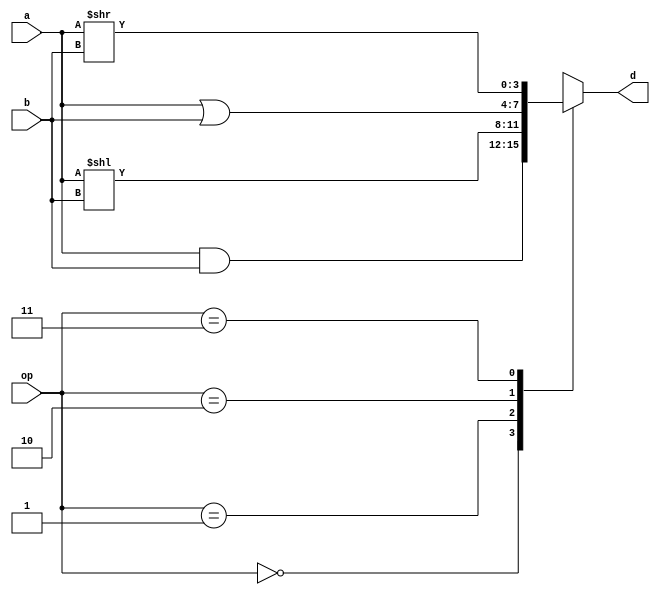
`timescale 1ns/100ps
module lab1_1 (
    input wire [1:0] op,
    input wire [3:0] a,
    input wire [3:0] b,
    output reg [3:0] d
); 
    always @(*) begin
        case (op)
            2'b00: d = a & b;
            2'b01: d = a << b;
            2'b10: d = a | b;
            2'b11: d = a >> b;
            default: d = 0;
        endcase
    end
endmodule